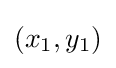
\left(x_{1},y_{1}\right)